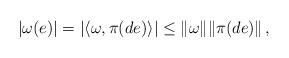
LaTeX: \begin{align*} |\omega(e)| = |\langle\omega,\pi(de)\rangle | \leq \|\omega\| \|\pi(de)\| \, ,\end{align*}